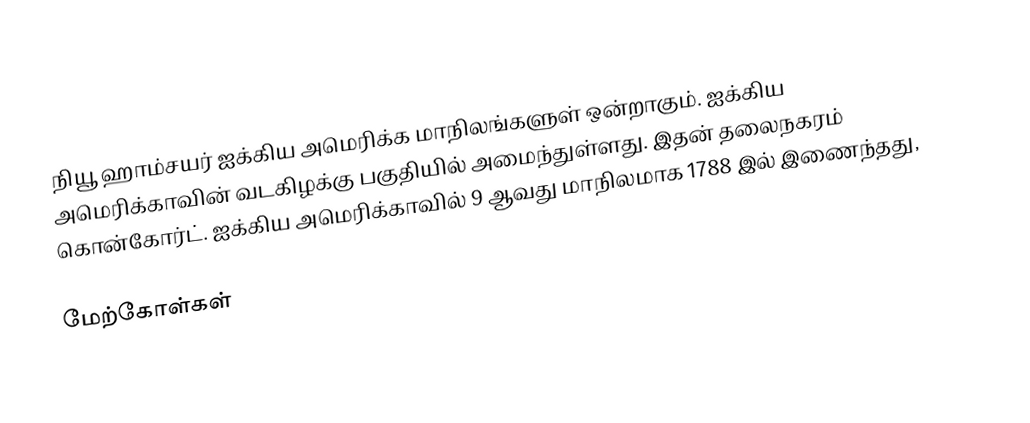
நியூ ஹாம்சயர் ஐக்கிய அமெரிக்க மாநிலங்களுள் ஒன்றாகும். ஐக்கிய அமெரிக்காவின் வடகிழக்கு பகுதியில் அமைந்துள்ளது. இதன் தலைநகரம் கொன்கோர்ட். ஐக்கிய அமெரிக்காவில் 9 ஆவது மாநிலமாக 1788 இல் இணைந்தது,

மேற்கோள்கள்